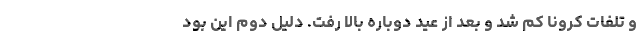
و تلفات کرونا کم شد و بعد از عید دوباره بالا رفت. دلیل دوم این بود